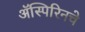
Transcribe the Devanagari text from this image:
ॲस्पिरिनचे